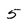
Character: 5